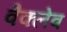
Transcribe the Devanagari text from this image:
वैक्लेव